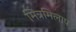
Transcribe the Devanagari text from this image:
मित्रमिलाप